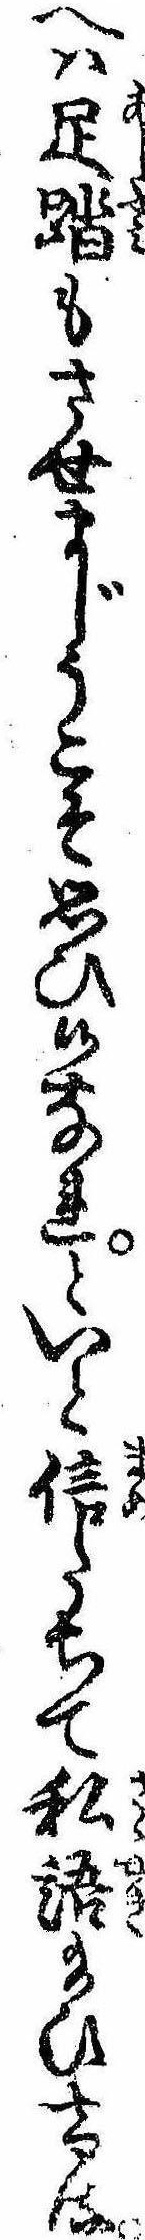
へは足踏もさせまじうこそ思ひ候なれといと信たちて私語給ひける